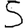
Digit: 5